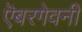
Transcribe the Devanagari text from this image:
ऎबरगेवनी